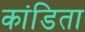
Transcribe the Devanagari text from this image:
कांडिता